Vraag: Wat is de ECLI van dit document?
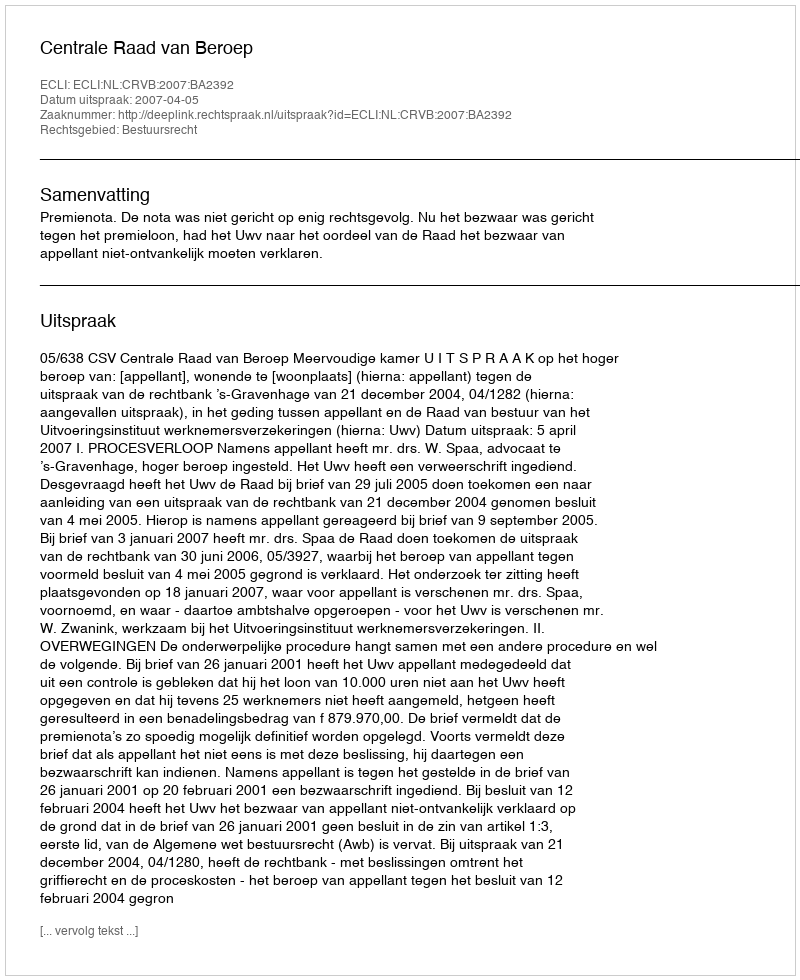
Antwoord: ECLI:NL:CRVB:2007:BA2392